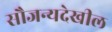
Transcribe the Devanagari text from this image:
सौजन्यदेखील